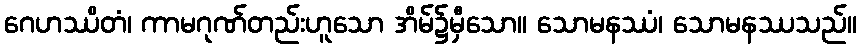
ဂေဟဿိတံ၊ ကာမဂုဏ်တည်းဟူသော အိမ်၌မှီသော။ သောမနဿံ၊ သောမနဿသည်။